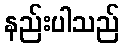
နည်းပါသည်